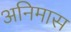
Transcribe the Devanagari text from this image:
अनिमास